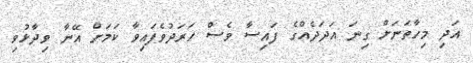
އަދި މިހާތަނަށް ގިނަ އަދަދެއްގެ ފައިސާ ވެސް ހަރަދުވެފައިވާ ކަމަށް އޭނާ ވިދާޅުވި